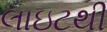
લાઇટથી